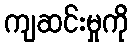
ကျဆင်းမှုကို